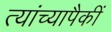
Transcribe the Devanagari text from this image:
त्यांच्यापैकीं